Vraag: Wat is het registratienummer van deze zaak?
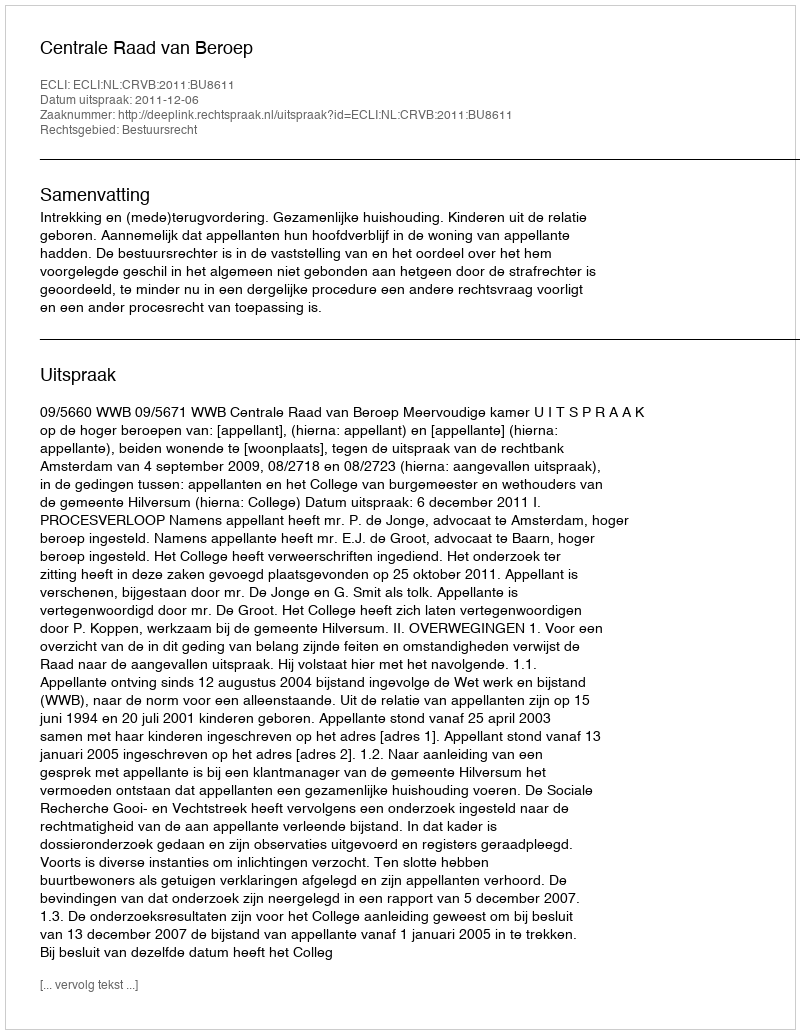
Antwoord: http://deeplink.rechtspraak.nl/uitspraak?id=ECLI:NL:CRVB:2011:BU8611